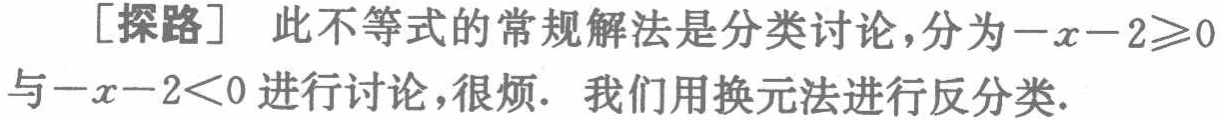
[探路] 此不等式的常规解法是分类讨论，分为\(-x - 2\geqslant0\)与\(-x - 2<0\)进行讨论，很烦. 我们用换元法进行反分类.